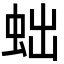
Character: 䖦